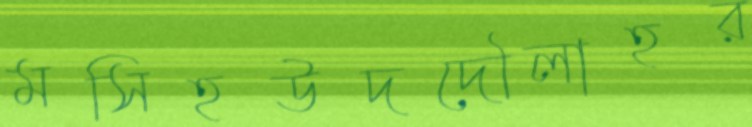
মসিহউদদৌলাহর